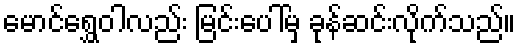
မောင်ရွှေဝါလည်း မြင်းပေါ်မှ ခုန်ဆင်းလိုက်သည်။